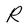
Character: R